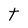
Character: t